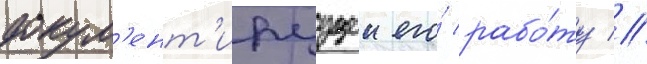
докум'ент'ируущеи его́ рабо́ту //